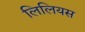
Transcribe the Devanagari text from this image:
लिलियस